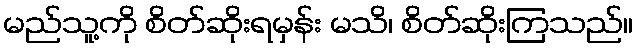
မည်သူ့ကို စိတ်ဆိုးရမှန်း မသိ၊ စိတ်ဆိုးကြသည်။